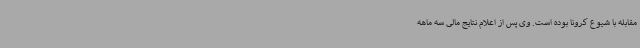
مقابله با شیوع کرونا بوده است. وی پس از اعلام نتایج مالی سه ماهه